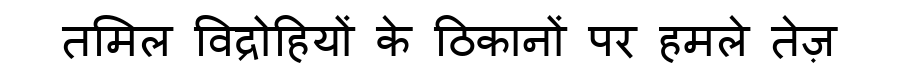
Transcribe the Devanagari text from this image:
तमिल विद्रोहियों के ठिकानों पर हमले तेज़